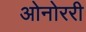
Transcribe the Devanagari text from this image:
ओनोररी